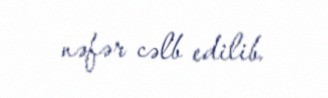
nəfər cəlb edilib.